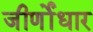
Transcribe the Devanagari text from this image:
जीर्णोंधार